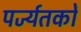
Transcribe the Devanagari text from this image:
पर्ज्यतकों